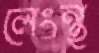
লেংন্থ